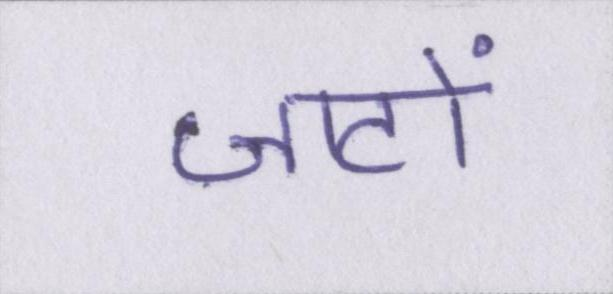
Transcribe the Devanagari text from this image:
जाटों